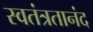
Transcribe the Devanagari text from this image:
स्वतंत्रतानंद